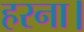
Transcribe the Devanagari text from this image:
हरना।